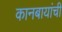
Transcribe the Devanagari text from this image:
कानबायांची